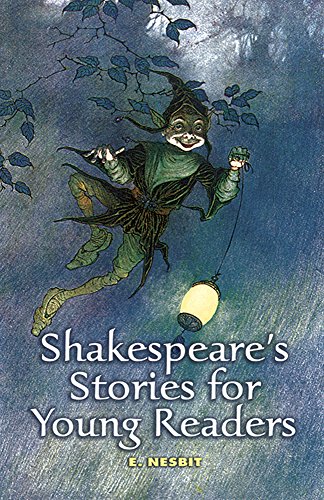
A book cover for Shakespeare's Stories for Young Readers (Dover Children's Classics); E. Nesbit; Literature & Fiction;